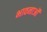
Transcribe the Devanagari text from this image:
भावनाऒं